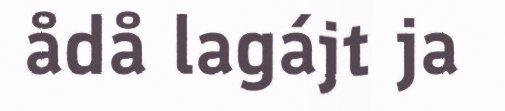
ådå lagájt ja